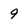
Character: 9